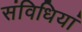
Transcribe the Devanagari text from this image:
संविधियां